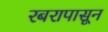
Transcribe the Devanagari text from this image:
रबरापासून